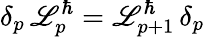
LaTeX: \delta_{p}\, {\cal\mathscr{L}}_{p}^{\hbar}={\cal\mathscr{L}}_{p+1}^{\hbar}\, \delta_{p}